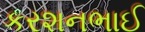
કરશનભાઈ